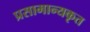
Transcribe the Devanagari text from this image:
प्रसामान्यकृत